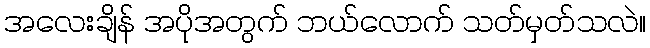
အလေးချိန် အပိုအတွက် ဘယ်လောက် သတ်မှတ်သလဲ။